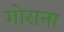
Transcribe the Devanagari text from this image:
गोराना